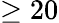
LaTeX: \geq 20